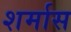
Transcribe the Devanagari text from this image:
शर्मास